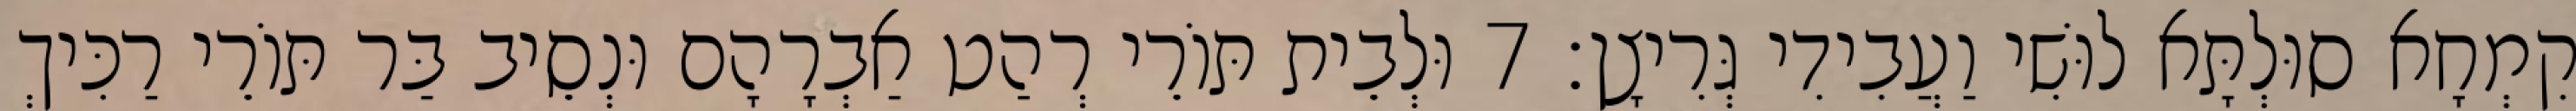
קִמְחָא סוּלְתָּא לוּשִׁי וַעֲבִידִי גְּרִיצָן׃ 7 וּלְבֵית תּוֹרֵי רְהַט אַבְרָהָם וּנְסֵיב בַּר תּוֹרֵי רַכִּיךְ